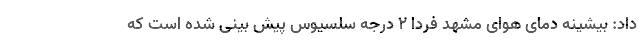
داد: بیشینه دمای هوای مشهد فردا ۲ درجه سلسیوس پیش بینی شده است که